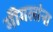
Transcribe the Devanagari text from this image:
मॊगलांना